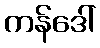
ကန်ဒေါ်